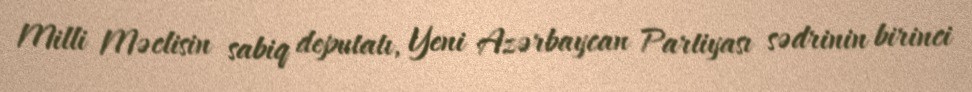
Milli Məclisin sabiq deputatı, Yeni Azərbaycan Partiyası sədrinin birinci